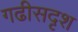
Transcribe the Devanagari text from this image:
गढीसदृश